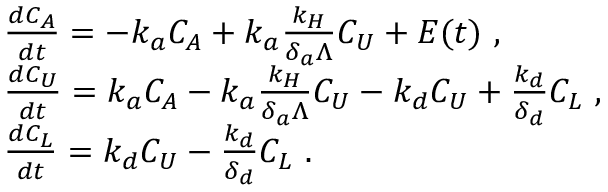
\begin{array} { r l } & { \frac { d C _ { A } } { d t } = - k _ { a } C _ { A } + k _ { a } \frac { k _ { H } } { \delta _ { a } \Lambda } C _ { U } + E ( t ) \mathrm { ~ , } } \\ & { \frac { d C _ { U } } { d t } = k _ { a } C _ { A } - k _ { a } \frac { k _ { H } } { \delta _ { a } \Lambda } C _ { U } - k _ { d } C _ { U } + \frac { k _ { d } } { \delta _ { d } } C _ { L } \mathrm { ~ , } } \\ & { \frac { d C _ { L } } { d t } = k _ { d } C _ { U } - \frac { k _ { d } } { \delta _ { d } } C _ { L } \mathrm { ~ . } } \end{array}